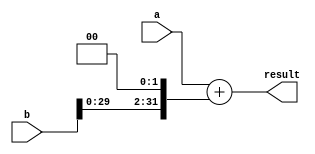
module Add32shift2( a, b, result ) ;
	input [31:0]a,b ;
	output [31:0]result ;
	
	assign result = a + (b << 2) ;

		
endmodule